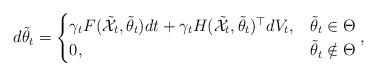
LaTeX: \begin{align*}d\tilde\theta_t=\begin{cases}\gamma_t F(\mathcal{\tilde X}_t,\tilde\theta_t)dt+\gamma_tH(\mathcal{\tilde X}_t,\tilde\theta_t)^{\top}dV_t, &\tilde\theta_t\in\Theta \\0, &\tilde\theta_t\notin\Theta\end{cases},\end{align*}